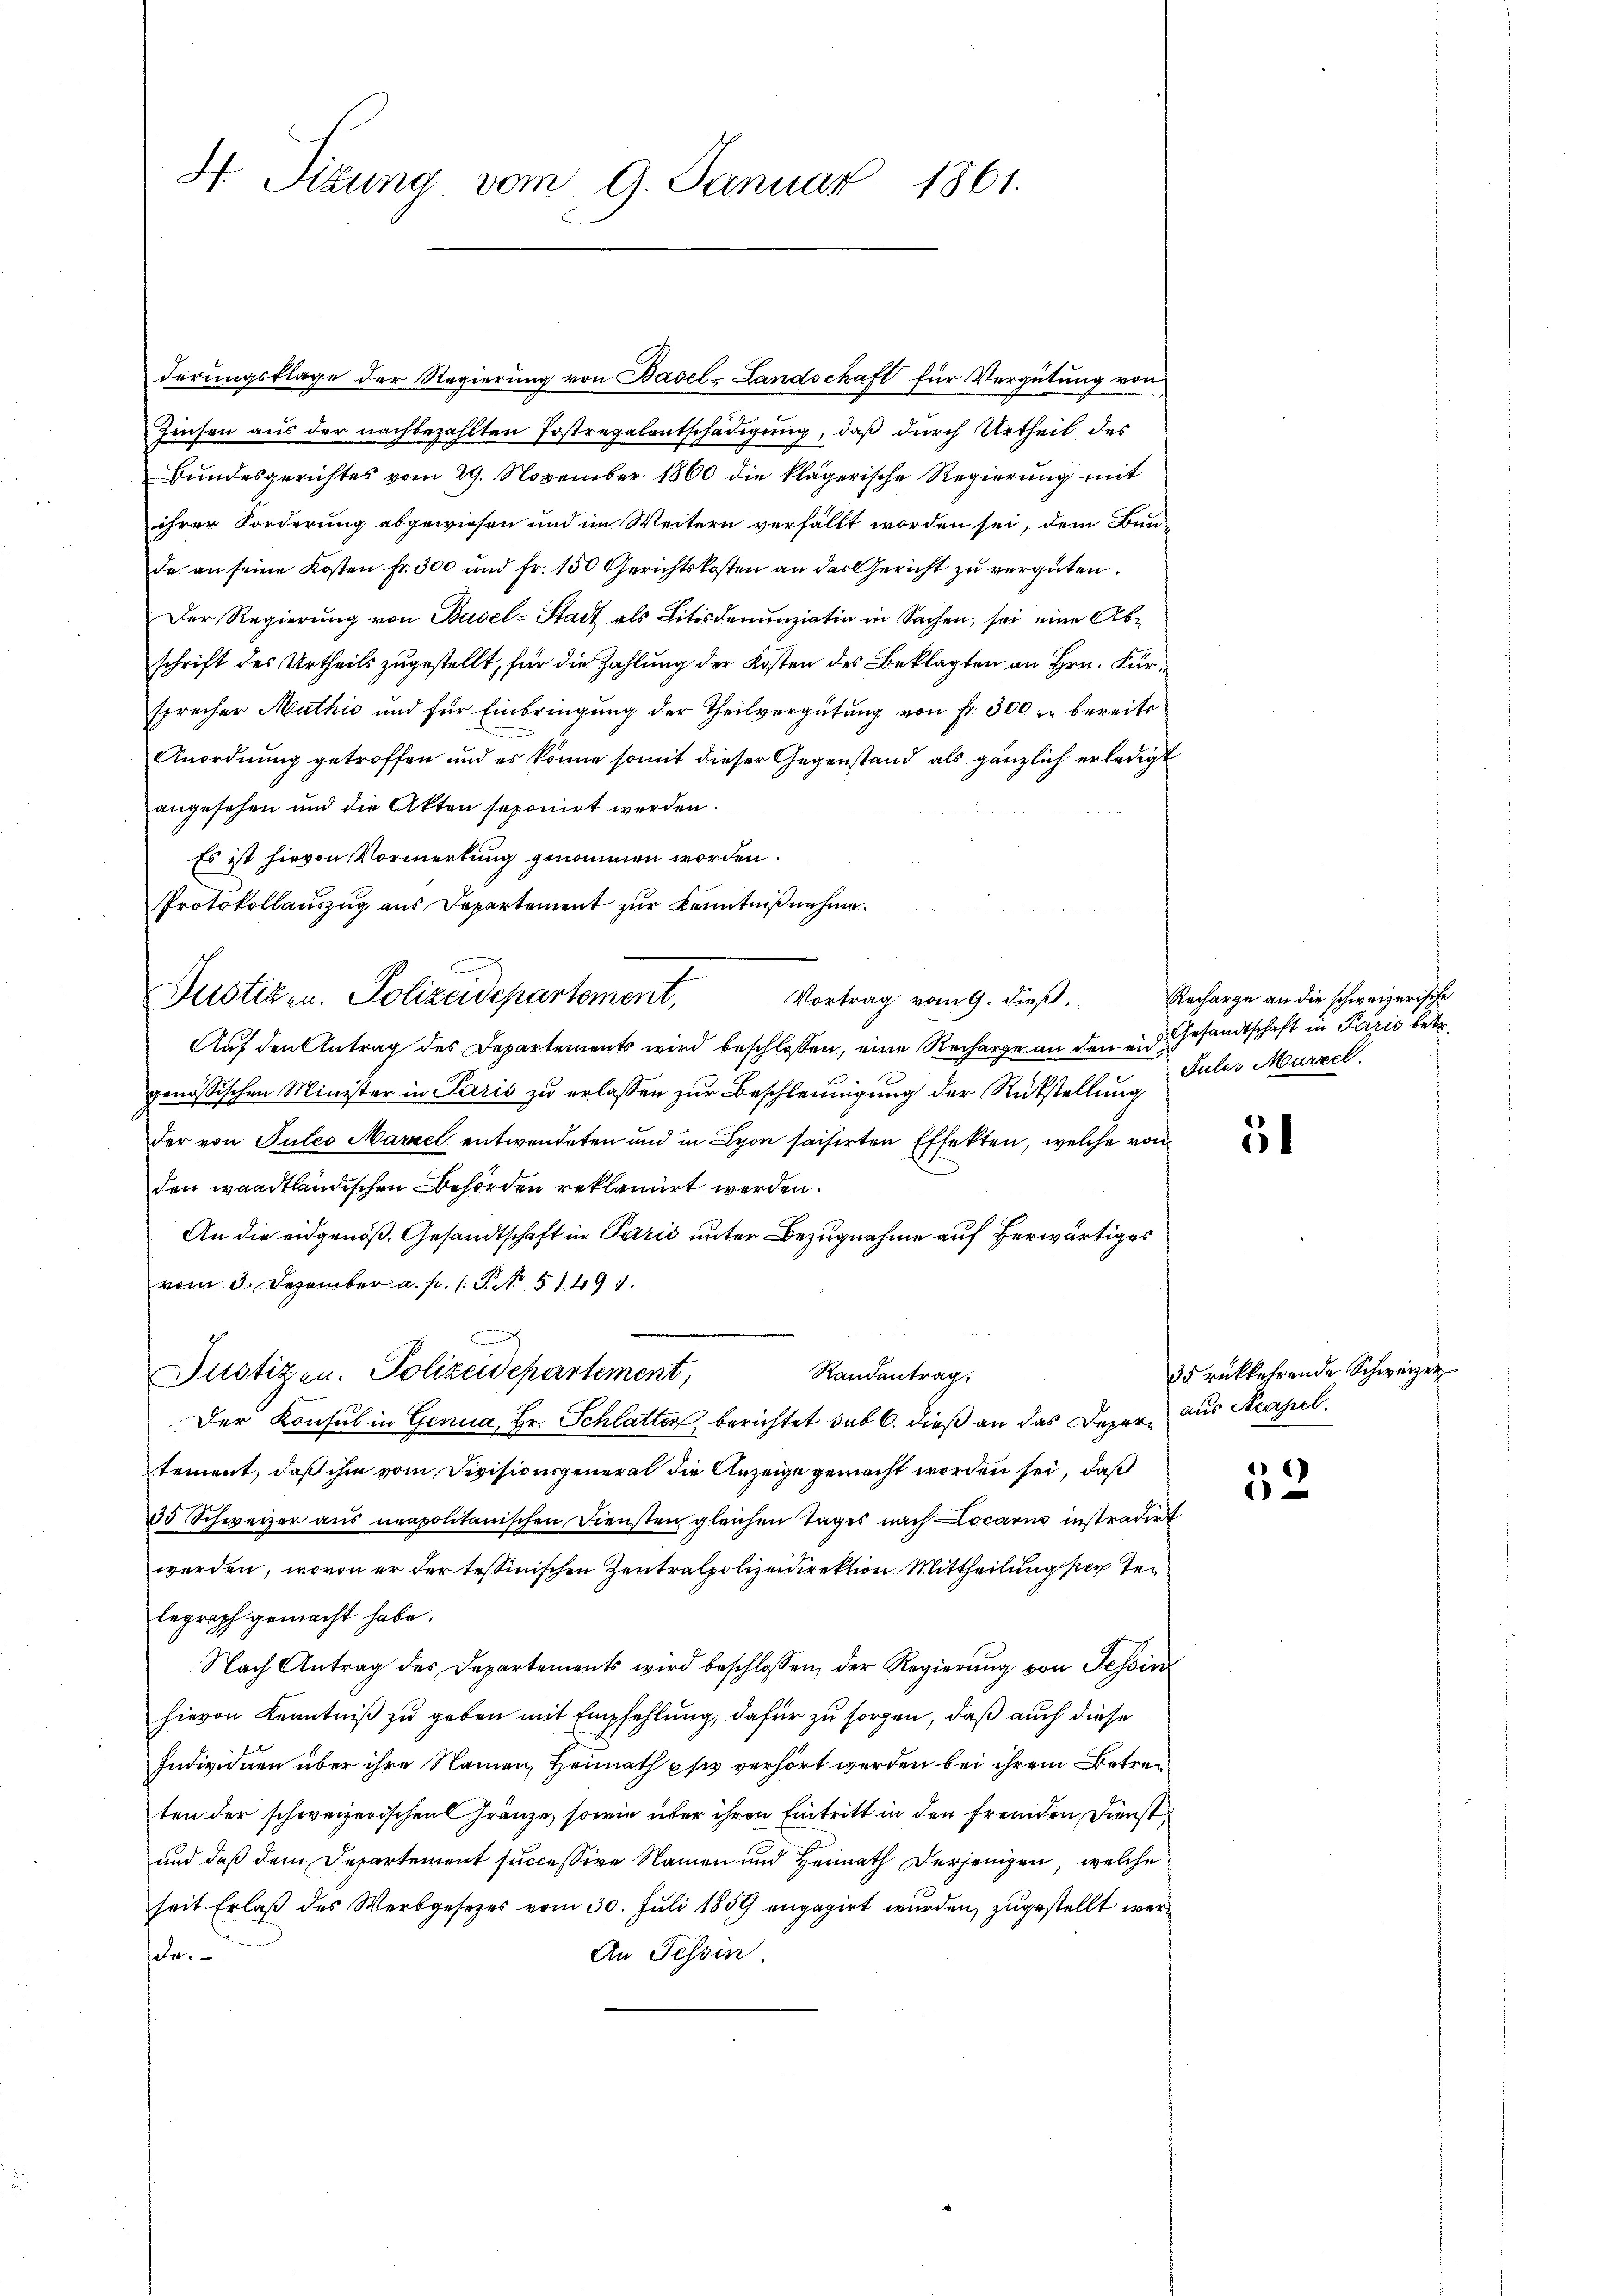
H Sizung vom 9. Januar 1861.

derungsklage der Regierung von Basel-Landschaft für Vergütung von
Zinsen aus der nachbezahlten Postregalentschädigung, daß durch Urtheil des
Bundesgerichtes vom 29. November 1860 die klägerische Regierung mit
ihrer Forderung abgewiesen und im Weitern verfällt worden sei, dem Bau-
de an seine Kosten Fr. 300 und Fr. 150 Gerichtskosten an das Gericht zu vergüten.
Der Regierŭng von Basel-Stadt als Litisdenunziatio in Sachen, sei eine Abschrift des Urtheils zugestellt, für die Zahlung der Kosten des Beklagten an Hrn. Für
sprecher Mathić und für Einbringung der Theilvergütung von fr. 300 er bereits
Anordnung getroffen und es könne somit dieser Gegenstand als gänzlich erledigt
angesehen und die Akten seponirt werden.
Es ist hievon Vormerkung genommen worden.
Protokollauszug aus Departement zur Kenntniß nehme.
Vortrag vom 9. dieß,
Auf den Antrag des Departements wird beschloßen, eine Recharge an den endgenössischen Minister in Paris zu erlassen zur Beschleunigung der Rückstellung
der von Tules Marzel entwendeten und in Lyon saisirten Effekten, welche von
den waadtländischen Behörden reklamirt werden.
An die eidgenöß. Gesandtschaft in Parić unter Bezugnahme auf herwärtiges
vom 3. Dezember a. p. 1. P. No 51. 491.
Randantrag.
Justizen. Polizeidepartement,
Der Konsul in Genua, Hr. Schlatten, berichtet sub 6. dieß an das Deper aus Neapel
tement, daß ihm vom Divisionsgeneral die Anzeige gemacht worden sei, daß
35 Schweizer aus neapolitanischen Diensten gleichen Tages nach Locarii instradirt
werden, wovon er der tessinischen Zentralpolizeidirektion Mittheilung der Telegraph gemacht habe.
Nach Antrag des Departements wird beschlossen, der Regierŭng von Tessin
hievon Kenntniß zu geben mit Empfehlung, dafür zu sorgen, daß auch diese
Individuen über ihre Namen, Heimath pse verhört werden bei ihrem Betren
ten der schweizerischen Gränze, sowie über ihren Eintritt in den fremden Dienst
und daß dem Departement successive Namen und Heimath derjenigen, welche
seit Erlaß des Werbgesetzes vom 30. Juli 1859 engagirt wurden, zugestellt werd
An Tessin.
che.

Justizen. Polizeidepartement,

Recharge an die schweizerische
Gesandtschaft in Paris betr.
Jules Marzel.

5

35 rückkehrende Schweizer

6
1